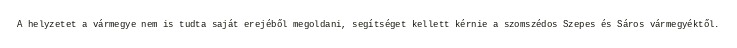
A helyzetet a vármegye nem is tudta saját erejéből megoldani, segítséget kellett kérnie a szomszédos Szepes és Sáros vármegyéktől.